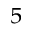
^ 5